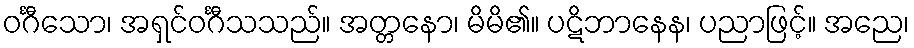
ဝင်္ဂီသော၊ အရှင်ဝင်္ဂီသသည်။ အတ္တနော၊ မိမိ၏။ ပဋိဘာနေန၊ ပညာဖြင့်။ အညေ၊